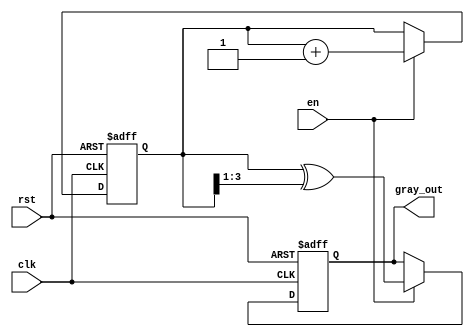
module gray_code_counter (
    input wire clk,          // Clock signal
    input wire rst,          // Asynchronous reset
    input wire en,           // Enable signal
    output reg [N-1:0] gray_out // Gray code output
);

parameter N = 4; // Define the width of the counter (number of bits)

// Internal registers
reg [N-1:0] binary_reg; // Binary representation of the count

// Combinational logic to calculate Gray code
function [N-1:0] binary_to_gray;
    input [N-1:0] binary;
    binary_to_gray = binary ^ (binary >> 1);
endfunction

// Always block for synchronous logic
always @(posedge clk or posedge rst) begin
    if (rst) begin
        // Asynchronous reset
        binary_reg <= 0;
        gray_out <= binary_to_gray(0);
    end else if (en) begin
        // Increment binary counter on enable
        binary_reg <= binary_reg + 1;
        // Update Gray code output
        gray_out <= binary_to_gray(binary_reg);
    end
end

endmodule